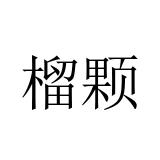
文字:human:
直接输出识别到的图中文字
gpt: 榴颗